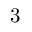
3